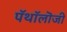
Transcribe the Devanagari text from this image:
पॅथॉलॊजी